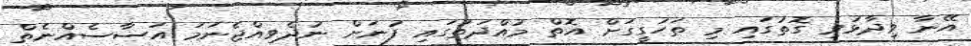
އޭނާ ވިދާޅުވި ގޮތުގައި މި ތަހުގީގަށް އޮތް މުއްދަތުގައި ފުނަށް ނުދެވިއްޖެނަމަ އަސާސެއްނެތް